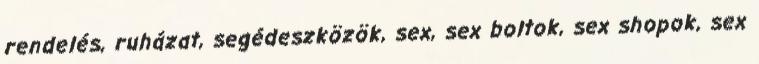
rendelés, ruházat, segédeszközök, sex, sex boltok, sex shopok, sex